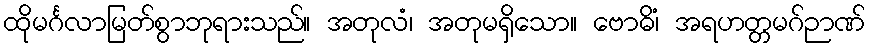
ထိုမင်္ဂလာမြတ်စွာဘုရားသည်။ အတုလံ၊ အတုမရှိသော။ ဗောဓိံ၊ အရဟတ္တမဂ်ဉာဏ်